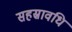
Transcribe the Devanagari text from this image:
सहस्रावधि